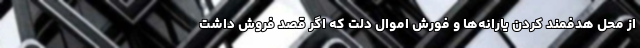
از محل هدفمند کردن یارانه‌ها و فورش اموال دلت که اگر قصد فروش داشت